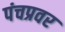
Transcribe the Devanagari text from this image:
पंचप्रवर